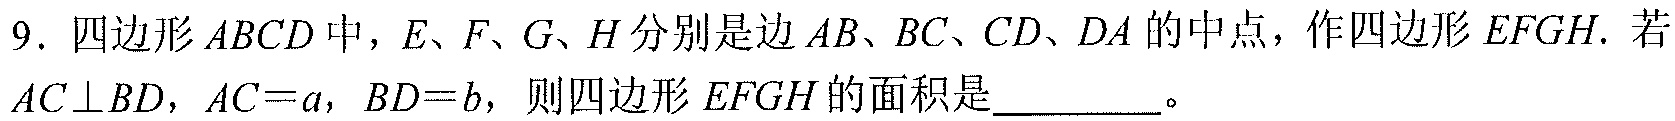
9. 四边形$ABCD$中，$E、F、G、H$分别是边$AB、BC、CD、DA$的中点，作四边形$EFGH.$ 若$AC\perp BD$，$AC = a$，$BD = b$，则四边形$EFGH$的面积是  。